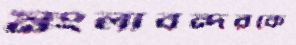
মংলাবন্দরকে